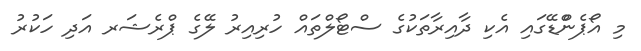
މި އޯޕެންްޑޭގައި އެކި ދާއިރާތަކުގެ ސްޓޯލްތައް ހުރިއިރު ލޭގެ ޕްރެޝަރ އަދި ހަކުރު